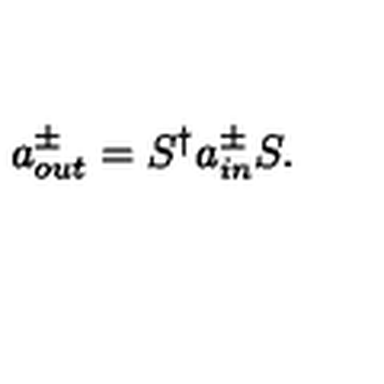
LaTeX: a _ { o u t } ^ { \pm } = S ^ { \dagger } a _ { i n } ^ { \pm } S .